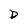
Character: D